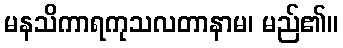
မနသိကာရကုသလတာနာမ၊ မည်၏။